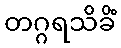
တဂ္ဂရသိခိံ